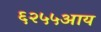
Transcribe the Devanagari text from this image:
६२५५आय